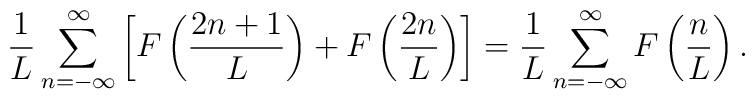
\frac{1}{L} \sum_{n=-\infty }^{\infty } \left[ F \left( \frac{2n+1}{L}\right) + F \left( \frac{2n}{L} \right) \right] =\frac{1}{L}\sum_{n=-\infty}^{\infty } F \left( \frac{n}{L} \right).